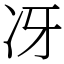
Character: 冴